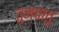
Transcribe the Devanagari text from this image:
तुम्बातु